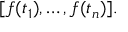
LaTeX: [ f ( t _ { 1 } ) , \dots , f ( t _ { n } ) ] .